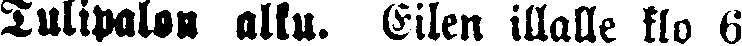
Tulipalon alku. Eilen illalle klo 6